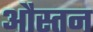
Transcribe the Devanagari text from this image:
औस्तन